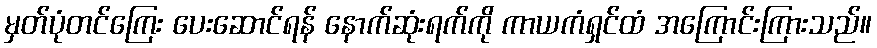
မှတ်ပုံတင်ကြေး ပေးဆောင်ရန် နောက်ဆုံးရက်ကို ကာယကံရှင်ထံ အကြောင်းကြားသည်။